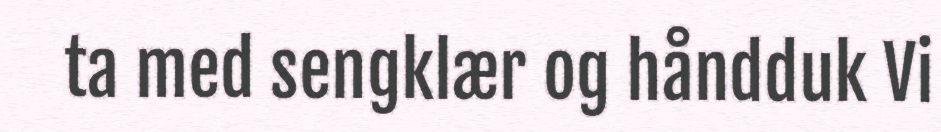
ta med sengklær og håndduk Vi